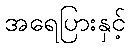
အရေပြားနှင့်